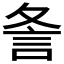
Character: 𮗺